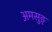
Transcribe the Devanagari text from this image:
अमसुङ्